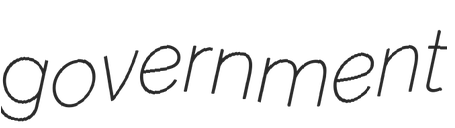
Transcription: government